Scientific memoirs by medical officers of the Army of India - Part XII,
Year: 1901
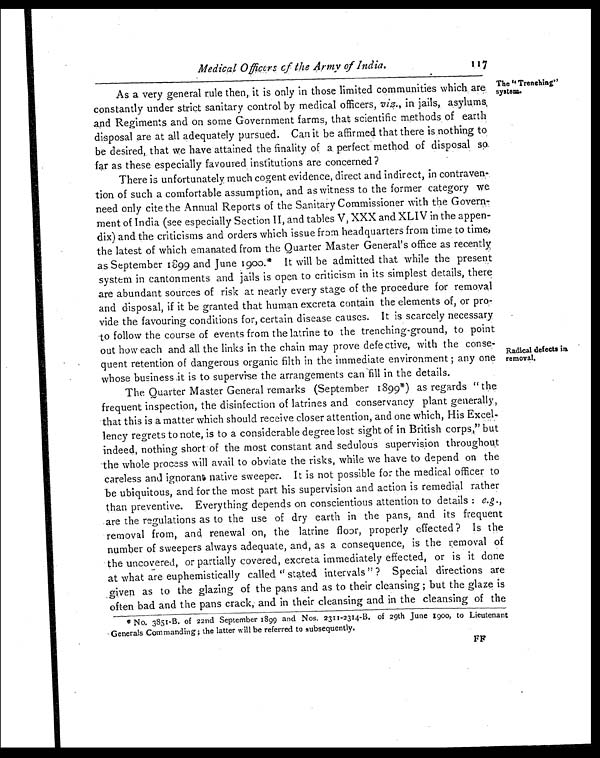
Medical Officers of the Army of India.
As a very general rule then, it is only in those limited communities which are
constantly under strict sanitary control by medical officers, viz., in jails, asylums
and Regiments and on some Government farms, that scientific methods of earth
disposal are at all adequately pursued. Can it be affirmed that there is nothing to
be desired, that we have attained the finality of a perfect method of disposal so
far as these especially favoured institutions are concerned?
There is unfortunately much cogent evidence, direct and indirect, in contraven
-
tion of such a comfortable assumption, and as witness to the former category we
need only cite the Annual Reports of the Sanitary Commissioner with the Govern
-
ment of India (see especially Section II, and tables V, XXX and XLIV in the appen
-
dix) and the criticisms and orders which issue from headquarters from time to time,
the latest of which emanated from the Quarter Master General's office as recently,
as September 1899 and June 1900.* It will be admitted that while the present
system in cantonments and jails is open to criticism in its simplest details, there
are abundant sources of risk at nearly every stage of the procedure for removal
and disposal, if it be granted that human excreta contain the elements of, or pro
-
vide the favouring conditions for, certain disease causes. It is scarcely necessary
to follow the course of events from the latrine to the trenching-ground, to point
out how each and all the links in the chain may prove defective, with the conse
-
quent retention of dangerous organic filth in the immediate environment; any one
whose business it is to supervise the arrangements can fill in the details.
The "Trenching"
system.
Radical defects in
removal.
The quarter Master General remarks (September 1899*) as regards "the
frequent inspection, the disinfection of latrines and conservancy plant generally,
that this is a matter which should receive closer attention, and one which, His Excel
-
lency regrets to note, is to a considerable degree lost sight of in British corps," but
indeed, nothing short of the most constant and sedulous supervision throughout
the whole process will avail to obviate the risks, while we have to depend on the
careless and ignorant native sweeper. It is not possible for the medical officer to
be ubiquitous, and for the most part his supervision and action is remedial rather
than preventive. Everything depends on conscientious attention to details: e.g .,
are the regulations as to the use of dry earth in the pans, and its frequent
removal from, and renewal on, the latrine floor, properly effected? Is the
number of sweepers always adequate, and, as a consequence, is the removal of
the uncovered, or partially covered, excreta immediately effected, or is it done
at what are euphemistically called "stated intervals"? Special directions are
given as to the glazing of the pans and as to their cleansing; but the glaze is
often bad and the pans crack, and in their cleansing and in the cleansing of the
* No. 3851-B. of 22nd September 1899 and Nos. 2311-2314-B. of 29th June 1900, to Lieutenant
Generals Commanding; the latter will be referred to subsequently.
F F